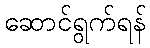
ဆောင်ရွက်ရန်